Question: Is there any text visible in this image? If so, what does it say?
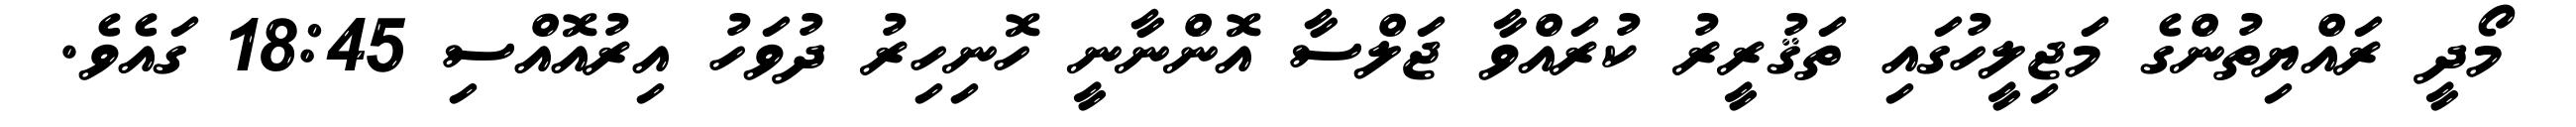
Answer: މޯދީ ރައްޔިތުންގެ މަޖިލީހުގައި ތަޤުރީރު ކުރައްވާ ޖަލްސާ އޮންނާނީ ހޮނިހިރު ދުވަހު އިރުއޮއްސި 18:45 ގައެވެ.